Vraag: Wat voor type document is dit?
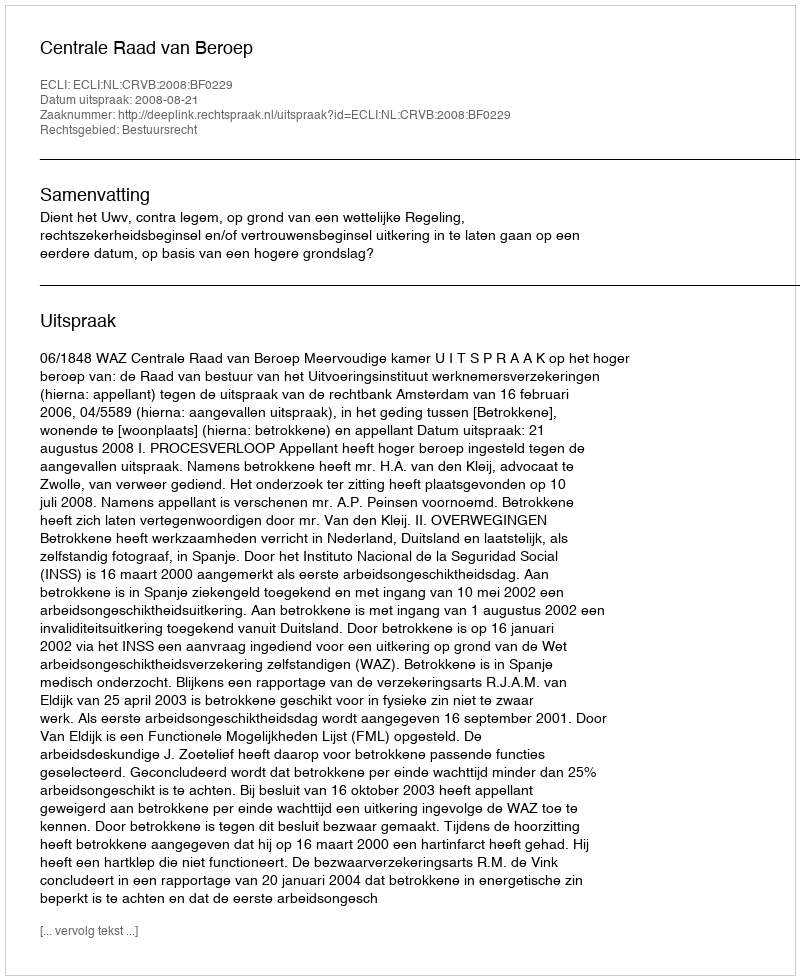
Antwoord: Uitspraak